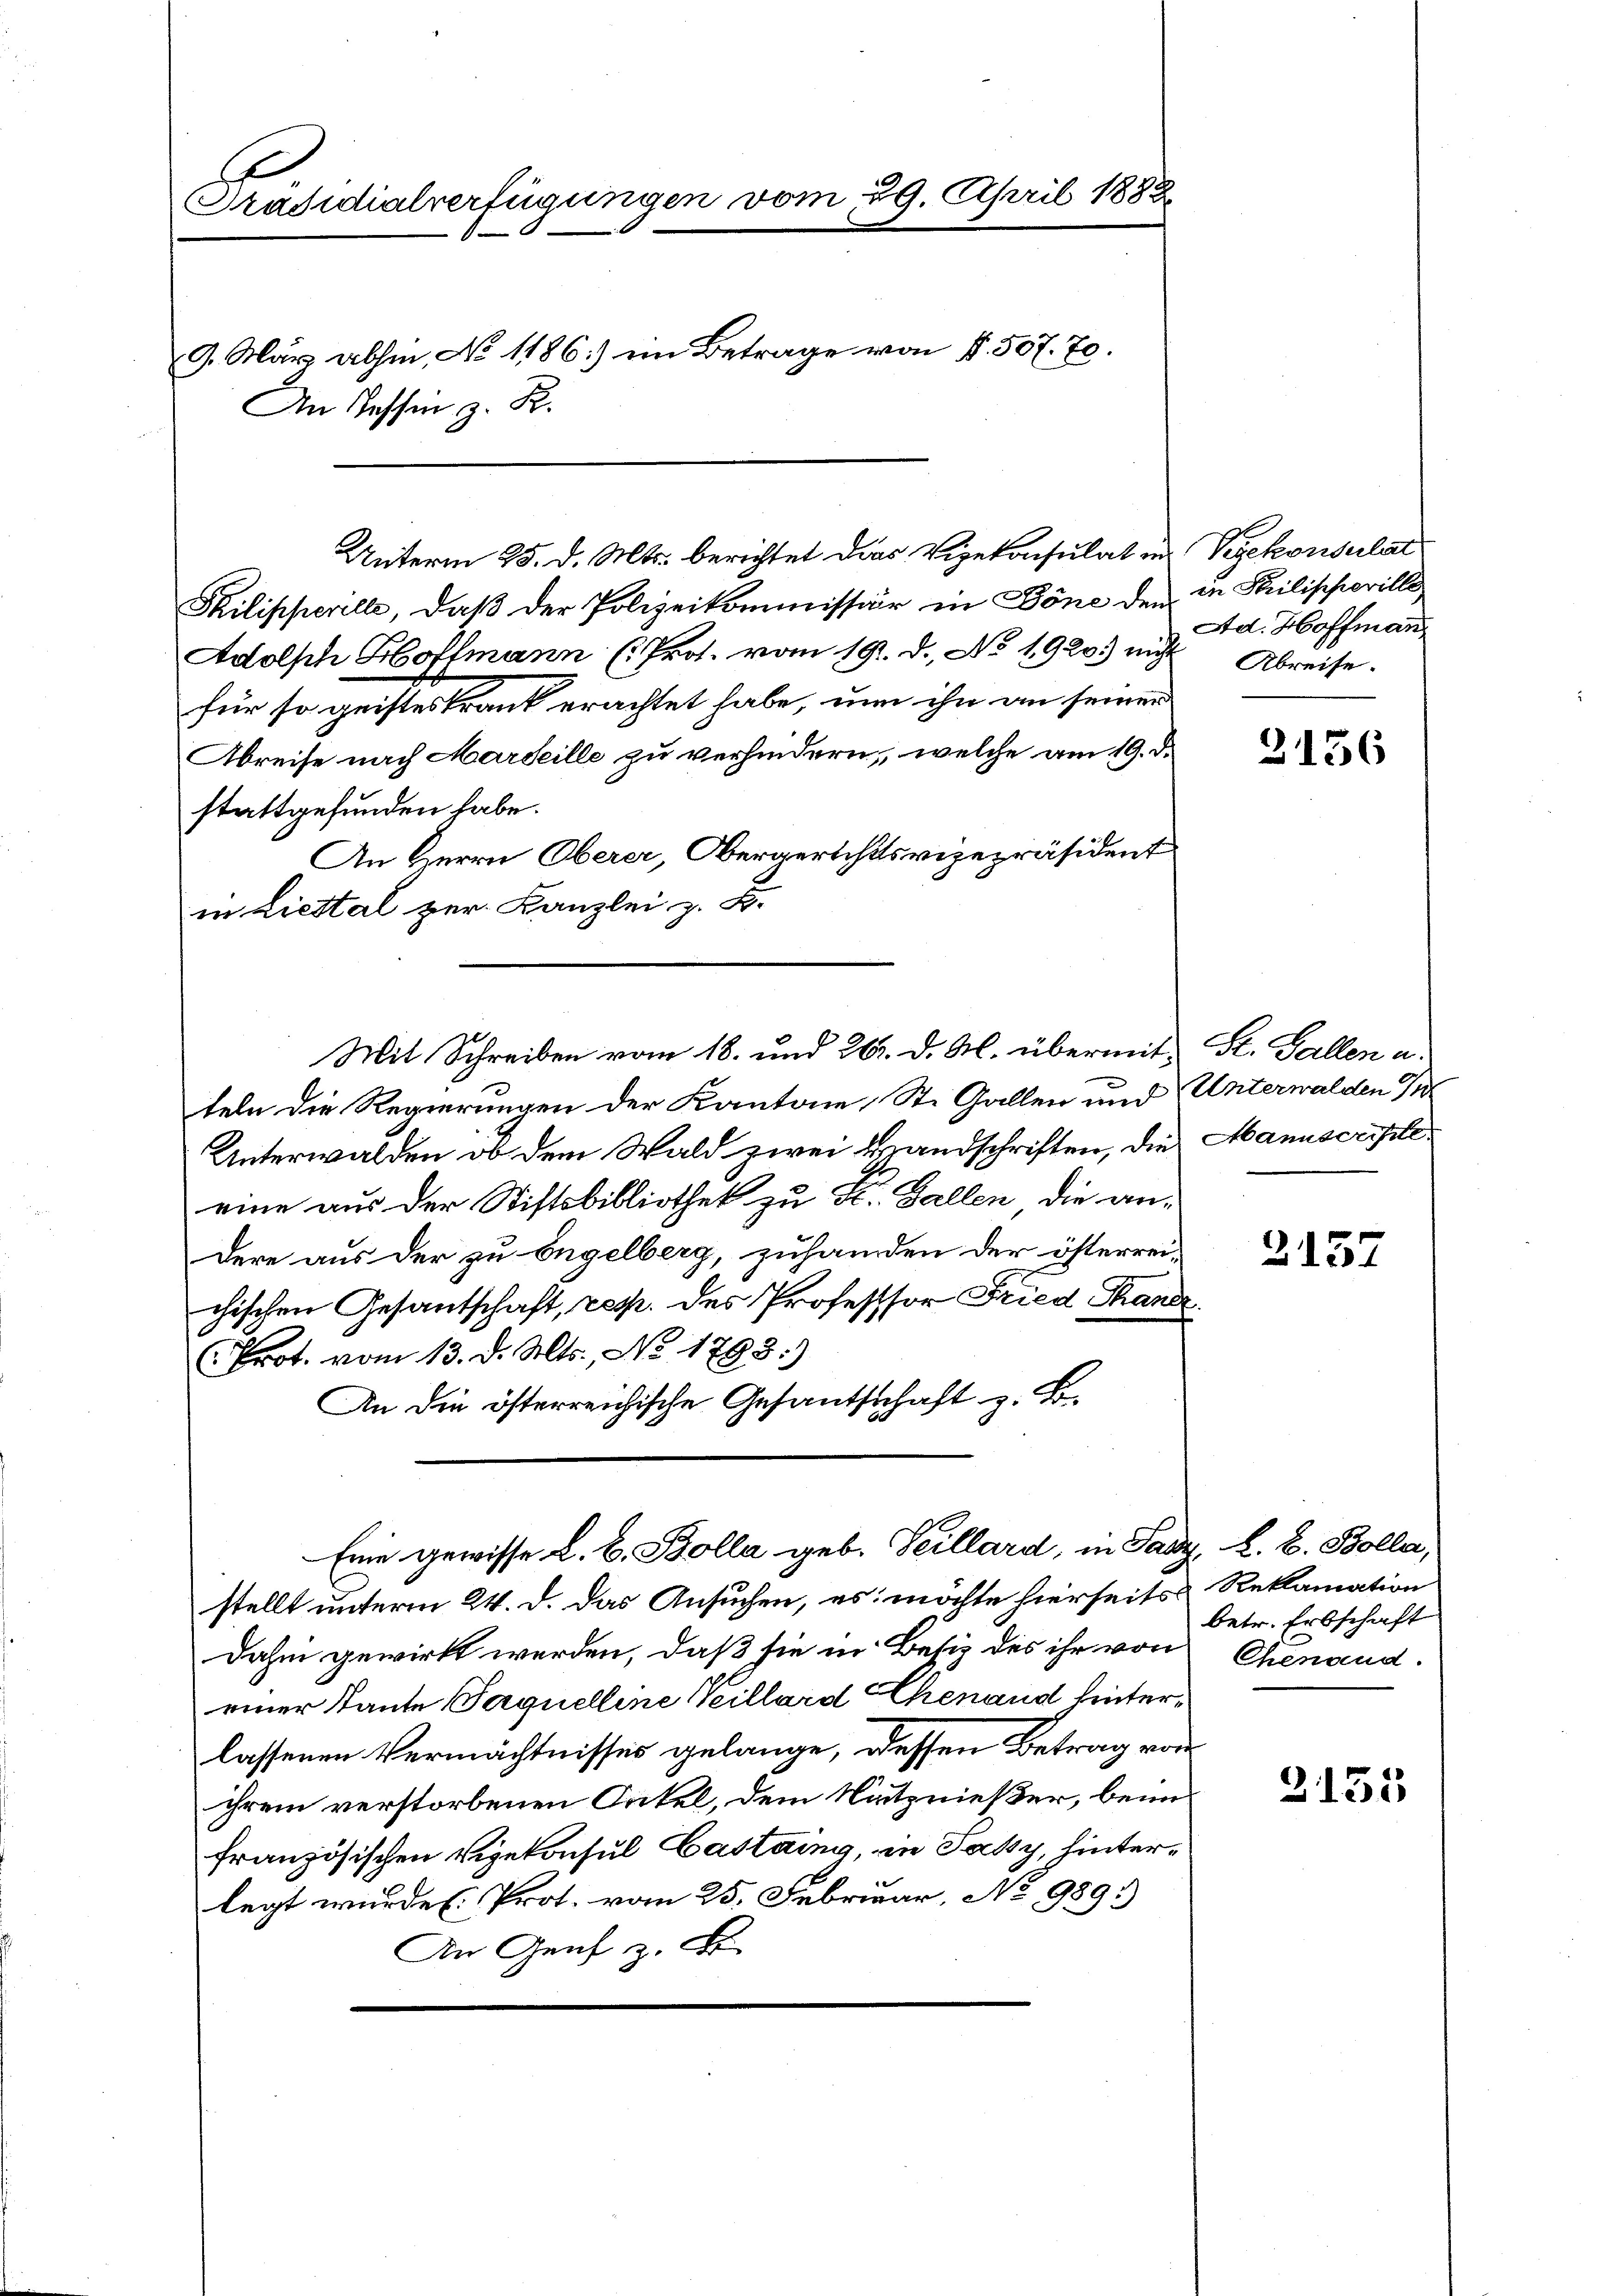
Präsidialverfügungen vom 29. April 1888
9. März abhin, No 1186) ein Betrage von §. 507. 70.
An Tessin z. B.

Shilipperille, daβ der Polizeikommission in Böne den in Philischorille
Adolph Hoffmann (Prot. vom 19. d. No. 1920. nicht Abreise.
für so geisteskrank erachtet habe, um ihn an seinen
Abreise nach Marseille zu verhindern, welche am 19. d.
stattgefunden habe.
An Herrn Oberer, Obergerichtsvizepräsident
in Liestal zur Kanzlei z. B.
teln die Regierungen der Kantone, St. Gallen und Unterwalden In
Unterwalden ob dem Wald zwei Handschriften, die Manuscripteeine aus der Stiftsbibliothek zu St. Gallen die andere aus der zu Engelberg, zuhanden der österrei-
chischen Gesantschaft, rep. des Professor Fried Tandr.
Prot. vom 13. d. Mts., No 1793.
An die österreichische Gesandtschaft z. B.
Eine gewisse L. b. Bolla geb. Seillard, in Sady, A. B. Bolla,
stellt unterm 24. d. das Ansuchen, es möchte hierseits Reklamation
Dahin gewirkt werden, daß sie in Besiz des ihr von Chenaud
einer Tante Paquelline Peillard Chenaud hinterlassenen Vermächtnisses gelange, dessen Betrag von
ihrem verstorbenen Onkel, dem Nutznießer, beim
französischen Vizekonsul Castaing, in Paky, hinterlegt wurden. Prot. vom 25. Februar, No 989.)
An Genf z. B.

Unterm 25. d. Mts. berichtet das Vizekonsulat in Vergekonsulat

Mit Schreiben vom 18. und 26. d. M. übermit St. Gallen a

Ad. Hoffmann

3156

2157

betr. Erbschaft

3135